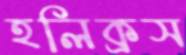
হলিক্রস